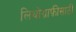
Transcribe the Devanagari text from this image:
लिथोग्राफ़ीसाठी